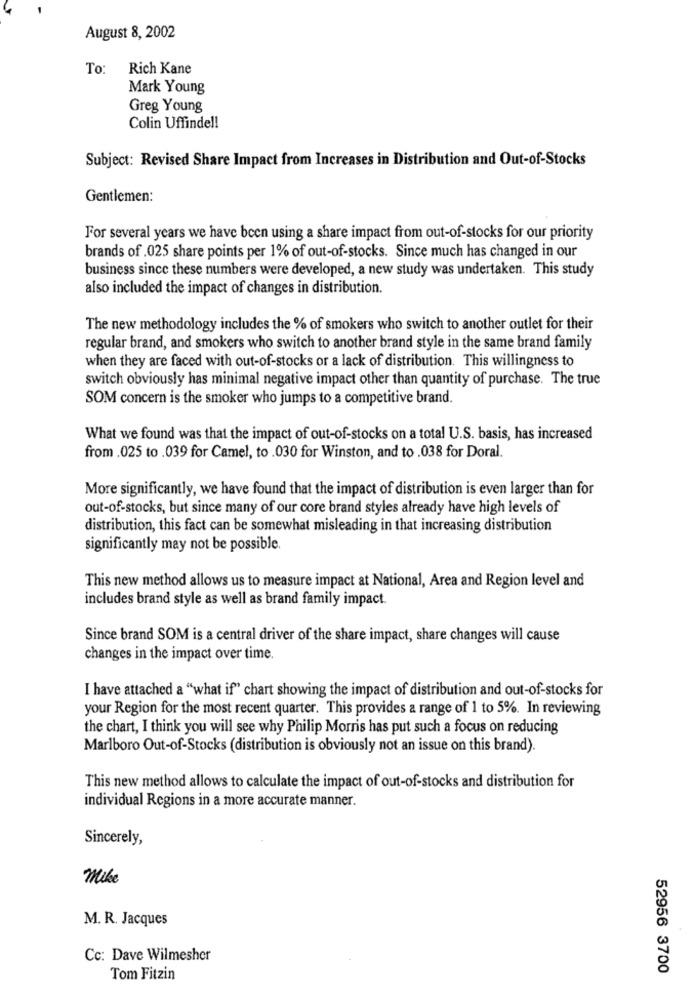
August 8, 2002
To: Rich Kane
Mark Young
Greg Young
Colin Uffindel!
Subject: Revised Share Impact from Increases in Distribution and Out-of-Stocks
Gentlemen:
For several years we have been using a share impact from out-of-stocks for our priority
brands of .025 share points per 1% of out-of-stocks. Since much has changed in our
business since these numbers were developed, a new study was undertaken. This study
also included the impact of changes in distribution.
The new methodology includes the % of smokers who switch to another outlet for their
regular brand, and smokers who switch to another brand style in the same brand family
when they are faced with out-of-stocks or a lack of distribution. This willingness to
switch obviously has minimal negative impact other than quantity of purchase. The true
SOM concern is the smoker who jumps to a competitive brand.
What we found was that the impact of out-of-stocks on a total U.S. basis, has increased
from .025 to .039 for Camel, to .030 for Winston, and to .038 for Doral.
More significantly, we have found that the impact of distribution is even larger than for
out-of-stocks, but since many of our core brand styles already have high levels of
distribution, this fact can be somewhat misleading in that increasing distribution
significantly may not be possible.
This new method allows us to measure impact at National, Area and Region level and
includes brand style as well as brand family impact.
Since brand SOM is a central driver of the share impact, share changes will cause
changes in the impact over time.
I have attached a "what if" chart showing the impact of distribution and out-of-stocks for
your Region for the most recent quarter. This provides a range of 1 to 5%. In reviewing
the chart, I think you will see why Philip Morris has put such a focus on reducing
Marlboro Out-of-Stocks (distribution is obviously not an issue on this brand).
This new method allows to calculate the impact of out-of-stocks and distribution for
individual Regions in a more accurate manner.
Sincerely,
Mike
M. R. Jacques
Cc: Dave Wilmesher
52956 3700
Tom Fitzin